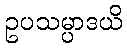
ဥပသမ္ပာဒယိ